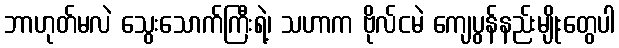
ဘာဟုတ်မလဲ သွေးသောက်ကြီးရဲ့၊ သဟာက ဗိုလ်ငမဲ ကျေပွန်နည်းမျိုးတွေပါ